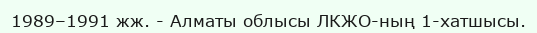
1989–1991 жж. - Алматы облысы ЛКЖО-ның 1-хатшысы.